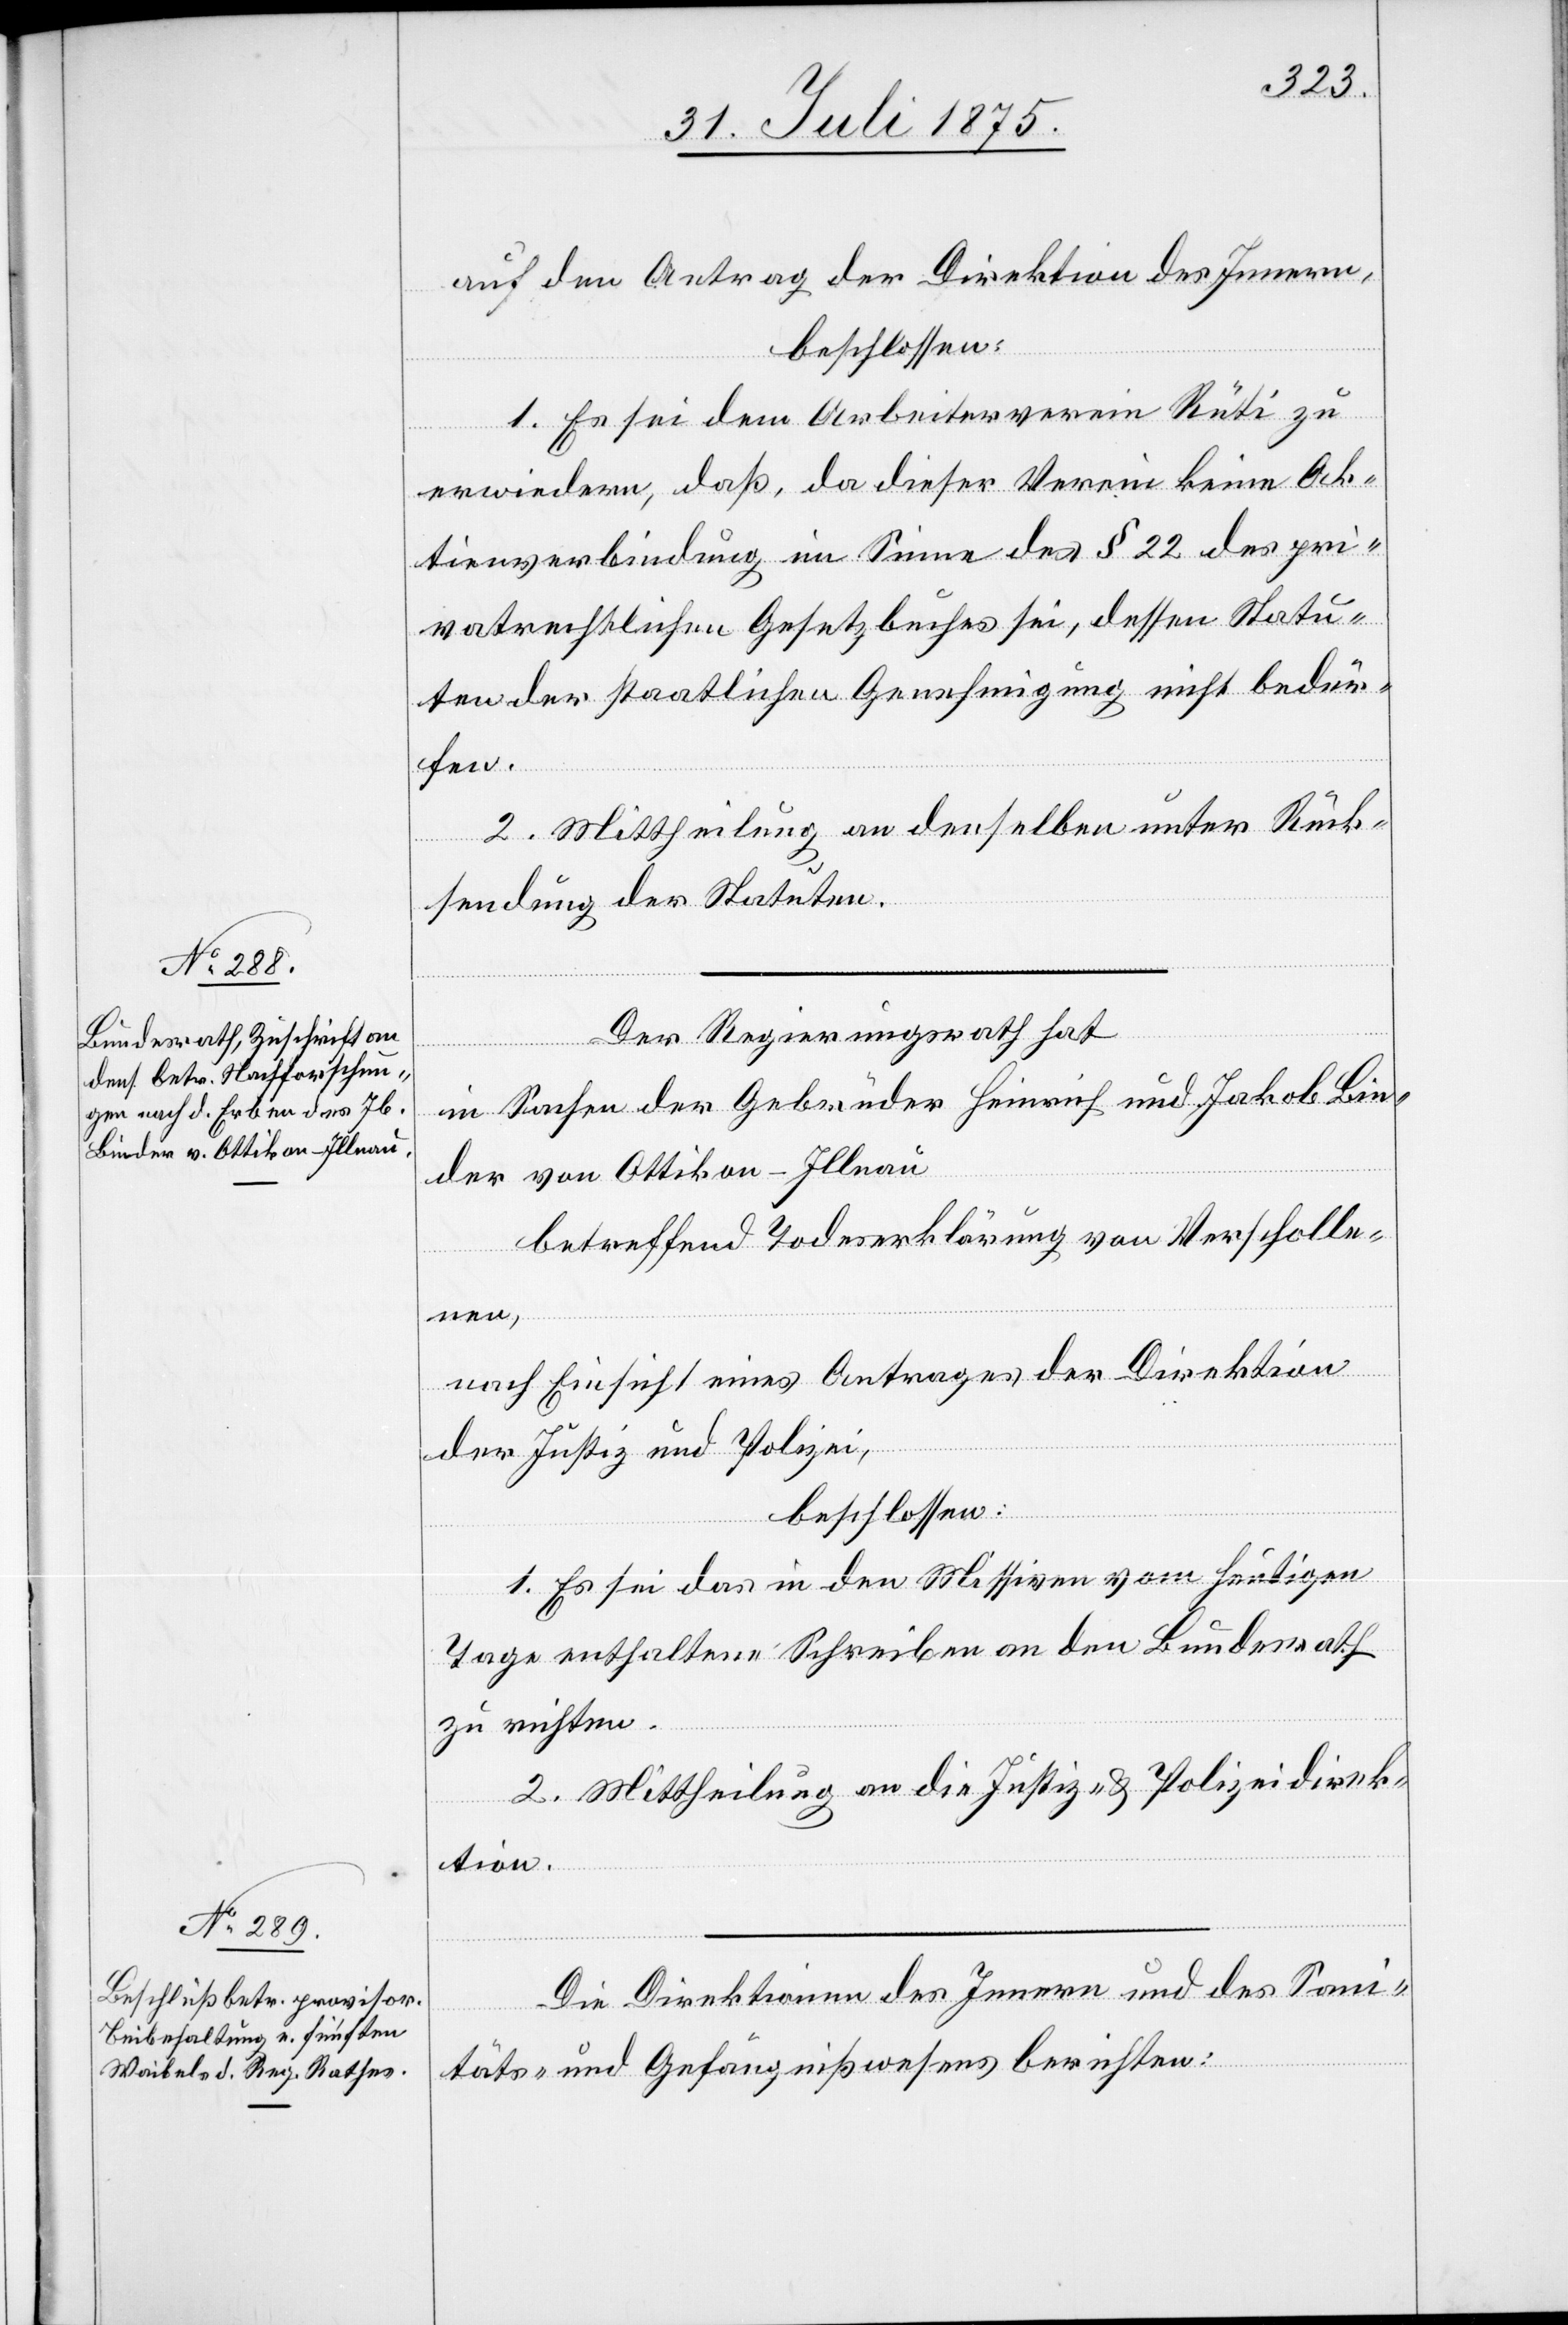
nach dem Antrag der Direktion des Innern,
beschlossen:
1. Es sei dem Arbeiterverein Rüti zu
erwiedern, daß, da dieser Verein keine Ak¬
tienverbindung im Sinne des § 22 des pri¬
vatrechtlichen Gesetzbuches sei, dessen Statu¬
ten der staatlichen Genehmigung nicht bedür¬
fen.
2. Mittheilung an denselben unter Rück¬
sendung der Statuten.
Der Regierungsrath hat
in Sachen der Gebrüder Heinrich und Jakob Bin¬
der von Ottikon - Illnau
betreffend Toderklärung von Verscholle¬
nen,
nach Einsicht eines Antrages der Direktion
der Justiz und Polizei,
beschlossen:
1. Es sei das in den Missiven vom heutigen
Tage enthaltene Schreiben an den Bundesrath
zu richten.
2. Mittheilung an die Justiz- & Polizeidirek¬
tion.
Die Direktionen des Innern und des Sani¬
täts- und Gefängnißwesens berichten: